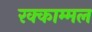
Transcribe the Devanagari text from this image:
रक्काम्मल